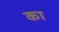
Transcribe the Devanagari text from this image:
का